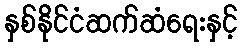
နှစ်နိုင်ငံဆက်ဆံရေးနှင့်